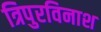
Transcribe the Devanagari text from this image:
त्रिपुरविनाश